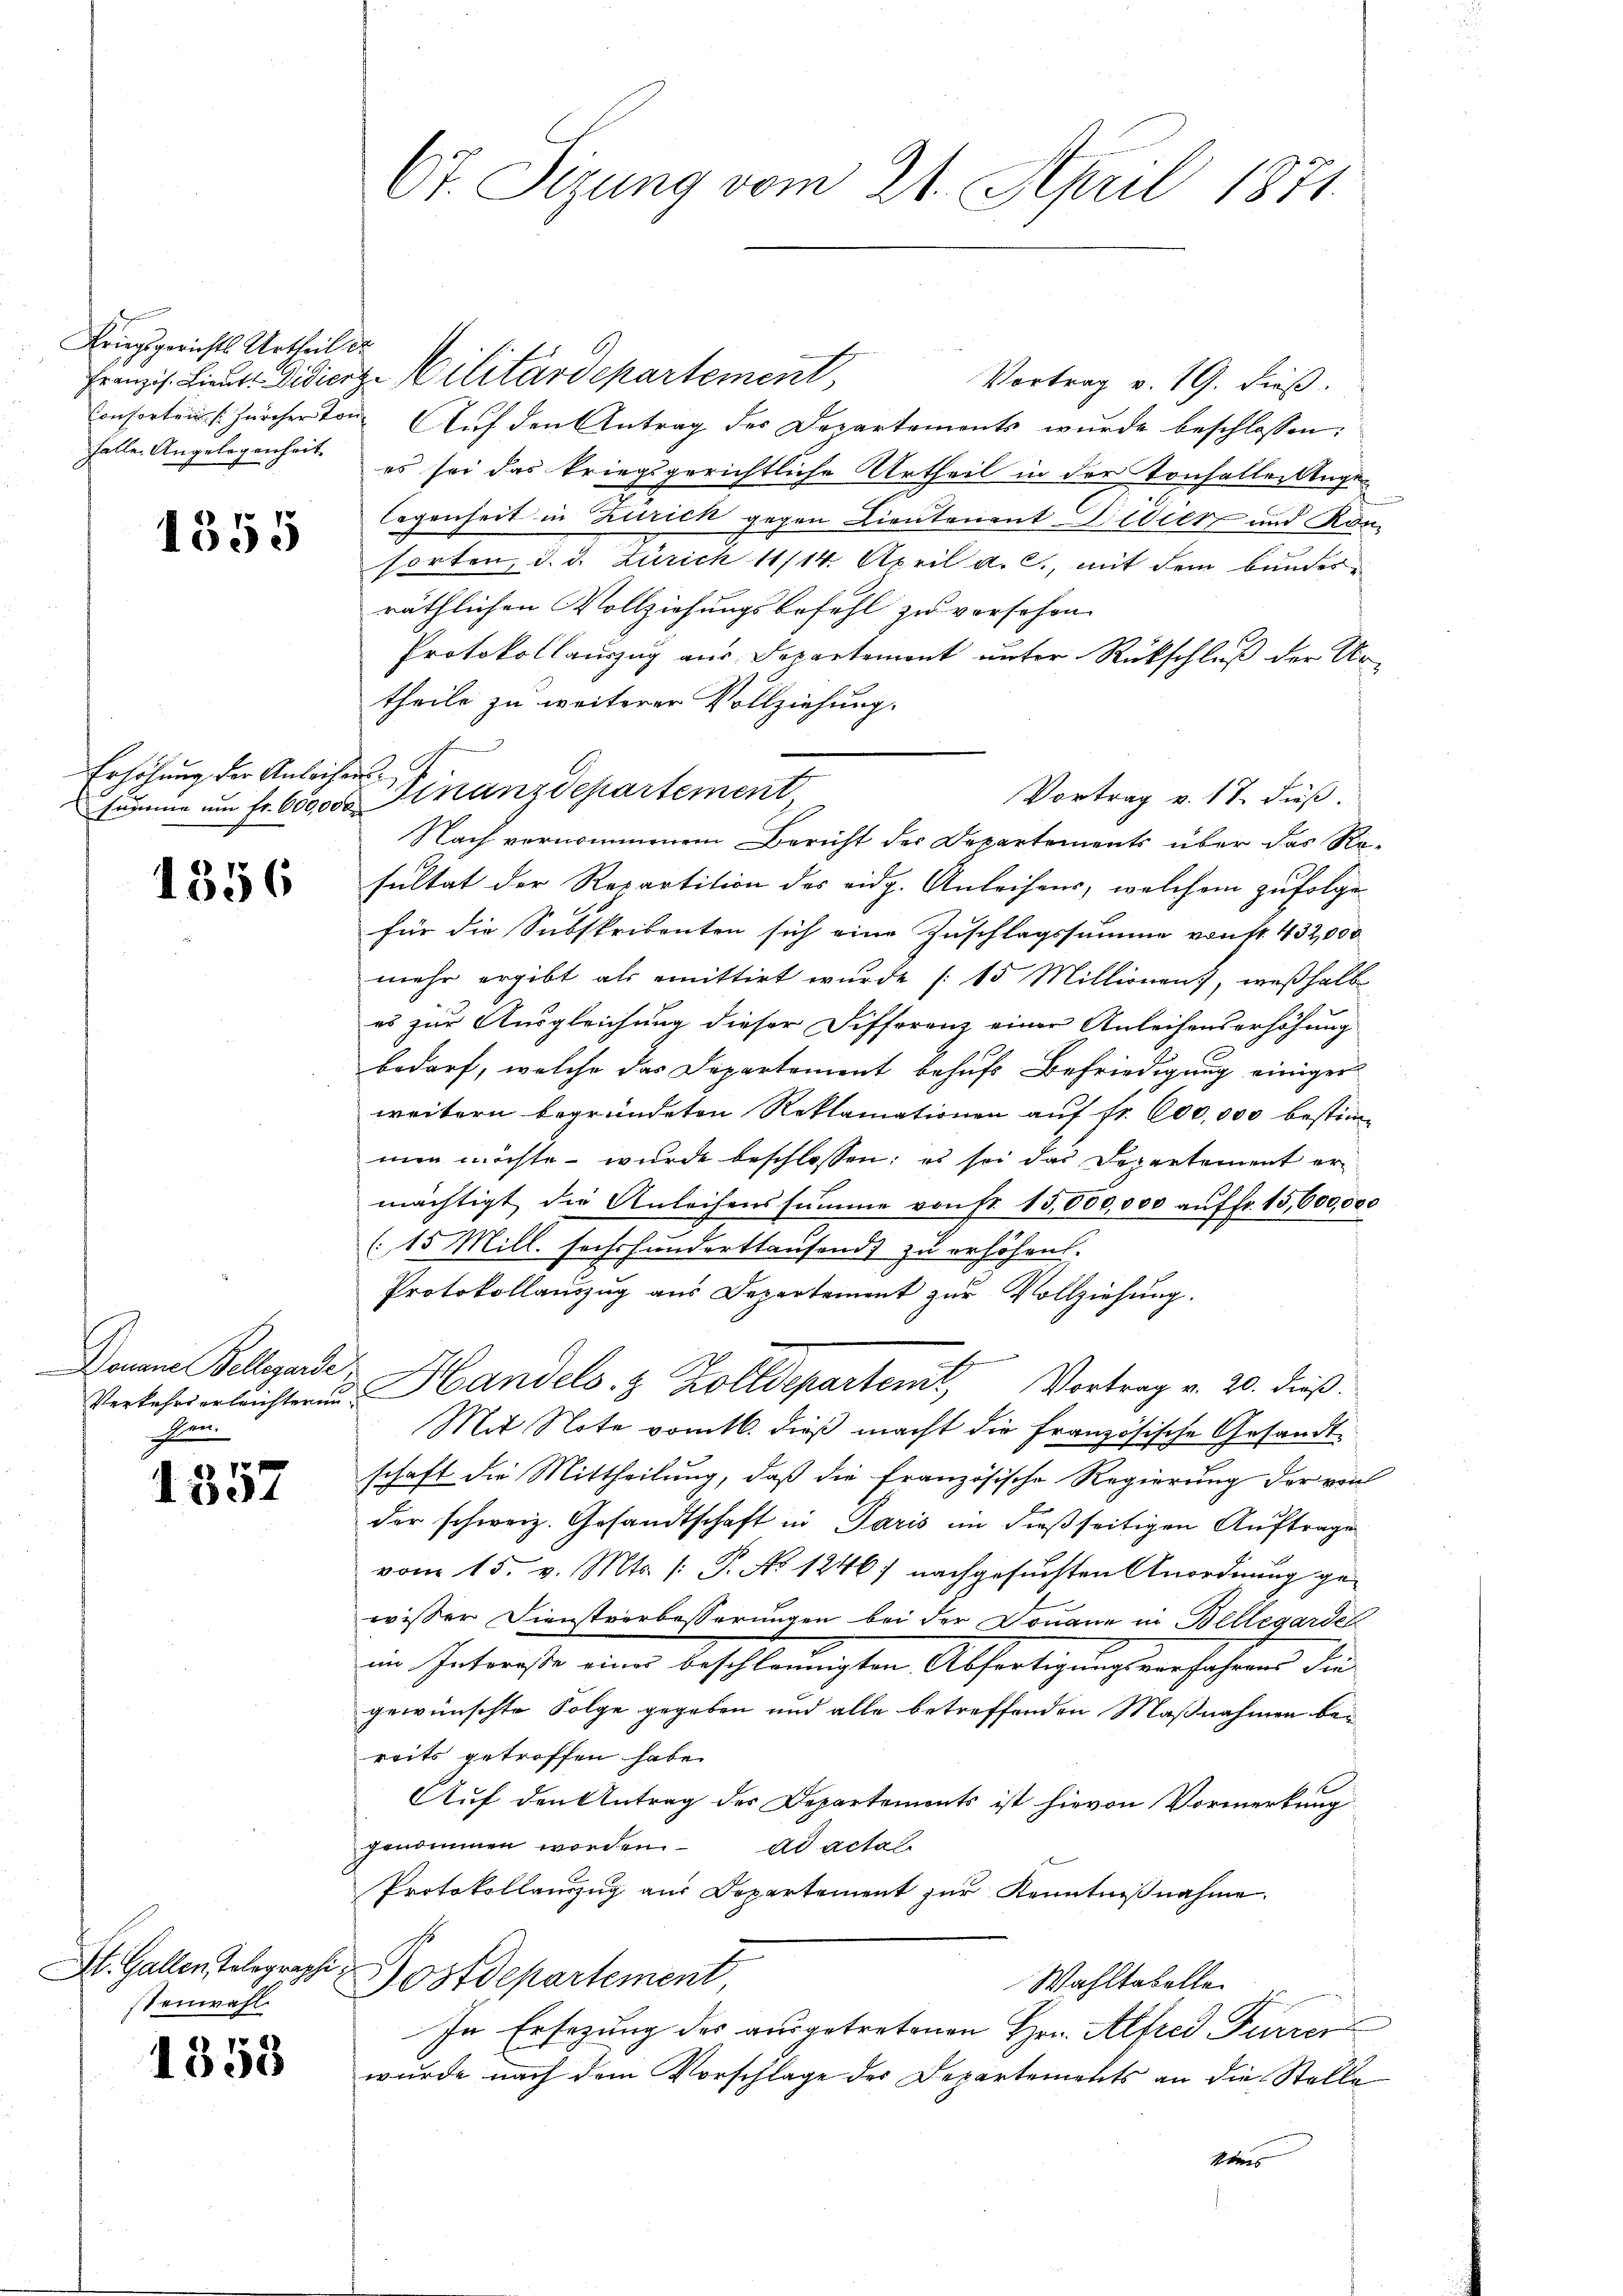
e
Kriegsgerichts Urtheil d
Falle Angelegenheit

1355

Erhöhung der Anleihen

1356

Douane Bellegarde
e

1331

St. Gallen Telegraphe
stenwahl

1353

67. Sizung vom 21. April 1871.

Franzis. Lieut. Didierze Militärdepartement,
Vortrag v. 19. dieβ.
Consorten [Zürcherton Auf den Antrag des Departements wurde beschlossen:
es sei das kriegsgerichtliche Urtheil in der Konfallerlege
legenheit in Zürich gegen Lieutenant Didien und Kon-
sorten, d. d. Zürich 11/14. April a. c., mit dem bundesräthlichen Vollziehungsbefehl zu verschon
Protokollauszug aus Departement unter Rückschluß der Ur-
theile zu weiterer Vollziehung.
Vortrag v. 17. dieß.
summe um Fr. 60000. Finanzdepartement,
Nach vernommenem Bericht der Departements über das Re-
sultat der Repartition des eidg. Anleihens, welchem zufolge
für die Subskribenten sich eine Zuschlagssumme von kt. 432,000
mehr ergibt als emittirt wurde (15 Millionen, weßhalb
es zur Ausgleichung dieser Differenz einer Anleihenserhöhung
bedarf, welche das Departement behufs Befriedigung einiger
weitern begründeten Reklamationen auf fr. 600,000 bestim-
men möchte wurde beschlossen; es sei das Departement ermächtigt, die Anleihenssumme von Fr. 15,000,000 auf fr. 15,600,000
(15 Mill. sechshunderthausends zu erhöhen.
Protokollauszug aus Departement zur Vollziehung.
.
Verkehrerleichteren Handels- & Zolldeparten Vortrag v. 20. dieβ.
Mit Note vom 16. dieß macht die Französische Gesandtschaft die Mittheilung, daß die französische Regierung der von
der schweiz. Gesandtschaft in Paris im dießseitigen Auftrage
vom 15. v. Mts. (T. No 1246) nachgesuchten Anordnung ge-
wisser Dienstverbesserungen bei der Donaue in Bellegarden
im Intereste eines beschleunigten Abfertigungsverfahrens die
gewünschte Folge gegeben und alle betreffenden Maßnahmen bereits getroffen habe.
Auf den Antrag des Departements ist hievon Vormerkung
genommen worden. ad actat
Protokollauszug aus Departement zur Kenntnißnahme.
Postdepartement,
Wahltabelle
In Ersezung des ausgetretenen Hrn. Alfred Furrer
wurde nach dem Vorschlage des Departements an die Stelle
Seiteres